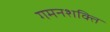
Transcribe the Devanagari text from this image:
गमनशक्ति